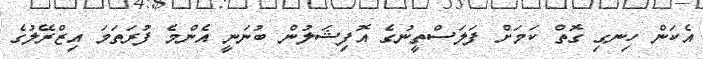
އެކަން ހިނގި ގޮތް ކަމަށް ފަލަސްތީނުގެ އޮފިޝަލުން ބުނަނީ އެންމެ ފުރަތަމަ އިޒްރޭލުގެ